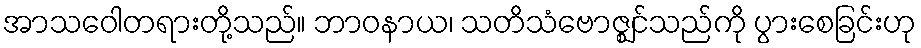
အာသဝေါတရားတို့သည်။ ဘာဝနာယ၊ သတိသံဗောဇ္ဈင်သည်ကို ပွားစေခြင်းဟု